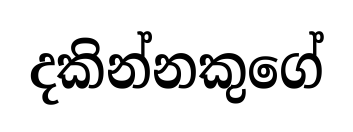
දකින්නකුගේ